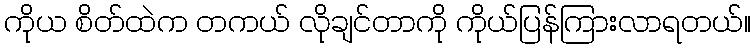
ကိုယ စိတ်ထဲက တကယ် လိုချင်တာကို ကိုယ်ပြန်ကြားလာရတယ်။